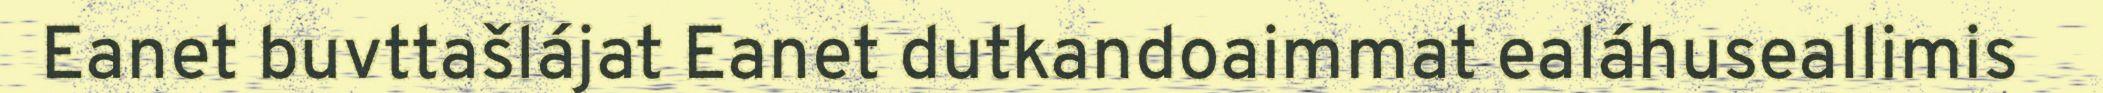
Eanet buvttašlájat Eanet dutkandoaimmat ealáhuseallimis